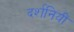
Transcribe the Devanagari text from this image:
दर्शनियी